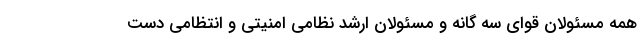
همه مسئولان قوای سه گانه و مسئولان ارشد نظامی امنیتی و انتظامی دست